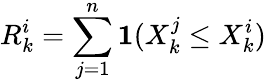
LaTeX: R_{k}^{i}=\sum_{j=1}^{n}\mathbf{1}(X_{k}^{j}\leq X_{k}^{i})